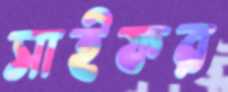
সাইফর